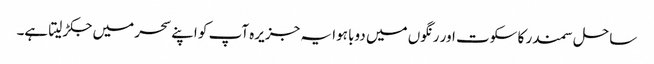
ساحل سمندر کا سکوت اور رنگوں میں دوبا ہوا یہ جزیرہ آپ کو اپنے سحر میں جکڑ لیتا ہے۔